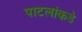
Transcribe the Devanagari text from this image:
पाटलांकडे